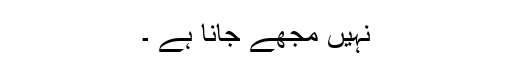
نہیں مجھے جانا ہے ۔